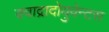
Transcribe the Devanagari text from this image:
क्वाद्रादोयुवेन्टस